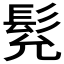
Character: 𩬌